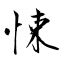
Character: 悚